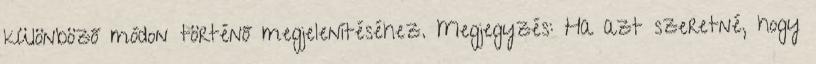
különböző módon történő megjelenítéséhez. Megjegyzés: Ha azt szeretné, hogy